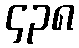
၄၃၈